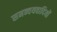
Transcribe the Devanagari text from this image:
समन्वयवादियों